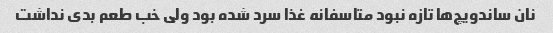
نان ساندویچ‌ها تازه نبود متاسفانه غذا سرد شده بود ولی خب طعم بدی نداشت